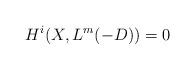
LaTeX: \begin{align*}H^{i}(X, L^{m}(-D)) = 0\end{align*}